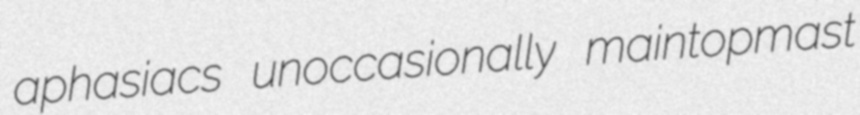
aphasiacs unoccasionally maintopmast